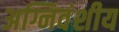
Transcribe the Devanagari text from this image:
अग्निवंशीय